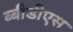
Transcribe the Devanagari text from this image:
ब्बीडीएस